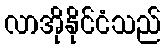
လာအိုနိုင်ငံသည်